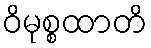
ဝိမုစ္စထာတိ